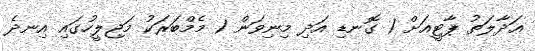
ޢަދާލަތު ޕާޓީއަށް 1 ގޮނޑި އަދި މިނިވަން 1 މެމްބަރަކު މަޖިލީހުގައި އިނދެ